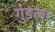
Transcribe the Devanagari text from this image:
गुडला